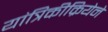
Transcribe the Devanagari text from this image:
यांत्रिकीक्रियेने